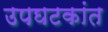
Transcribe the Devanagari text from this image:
उपघटकांत